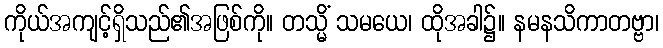
ကိုယ်အကျင့်ရှိသည်၏အဖြစ်ကို။ တသ္မိံ သမယေ၊ ထိုအခါ၌။ နမနသိကာတဗ္ဗာ၊